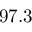
9 7 . 3